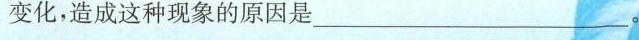
变化，造成这种现象的原因是____。